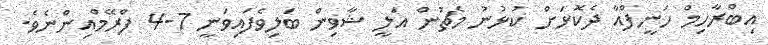
އިބްރާހިމް ހަނީފްއާ ދެކޮޅަށް ކުޅުނު މެޗުން އަލީ ޝާވިން ބަލިވެފައިވަނީ 7-4 ފްރޭމްއިންނެވެ.